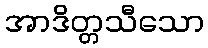
အာဒိတ္တသီသော